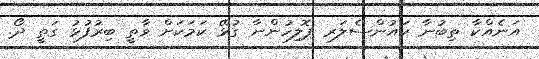
އަނެއްކާ ތިބުނާ ކައުންސެލަރ ޕޮލިހުންނާ ގުޅޭ ކަމަކަށް ވާތީ ބިރުފުޅު ގަތީ ދޯ.